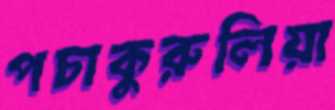
পচাকুরুলিয়া